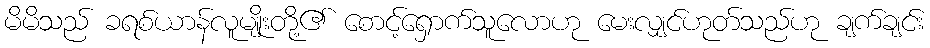
မိမိသည် ခရစ်ယာန်လူမျိုးတို့၏ စောင့်ရှောက်သူလောဟု မေးလျှင်ဟုတ်သည်ဟု ချက်ချင်း